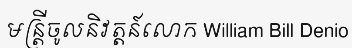
មន្ត្រីចូលនិវត្តន៍លោក William Bill Denio